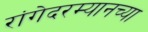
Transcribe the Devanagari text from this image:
रांगेदरम्यानच्या